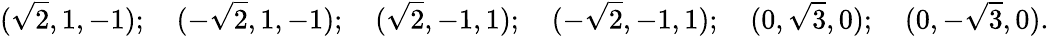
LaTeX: ({\sqrt{2}},1,-1);\quad(-{\sqrt{2}},1,-1);\quad({\sqrt{2}},-1,1);\quad(-{\sqrt{2}},-1,1);\quad(0,{\sqrt{3}},0);\quad(0,-{\sqrt{3}},0).